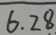
6 . 2 8